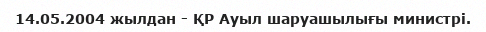
14.05.2004 жылдан - ҚР Ауыл шаруашылығы министрі.